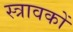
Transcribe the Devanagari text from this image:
स्त्रावकों